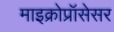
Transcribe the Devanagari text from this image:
माइक्रोप्रॉसेसर